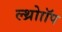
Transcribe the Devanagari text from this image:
ल्थ्रोाॉप